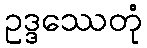
ဥဒ္ဒဿေတုံ